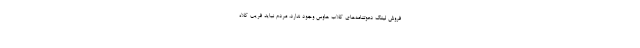
فروش لینک دعوتنامه‌های کلاب هاوس وجود ندارد، مردم نباید فریب کلاه